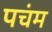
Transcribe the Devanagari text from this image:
पचंम